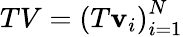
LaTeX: TV=\left(T\mathbf{v}_{i}\right)_{i=1}^{N}